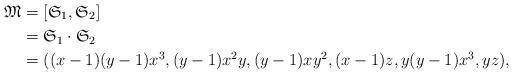
LaTeX: \begin{align*}\mathfrak{M} &= [\mathfrak{S}_{1}, \mathfrak{S}_{2}] \\ &= \mathfrak{S}_{1} \cdot \mathfrak{S}_{2} \\&= ((x - 1)(y - 1)x^{3}, (y - 1)x^{2}y, (y - 1)xy^{2}, (x - 1)z, y(y-1)x^{3}, yz),\end{align*}